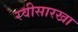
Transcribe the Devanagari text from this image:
रवीसारखा